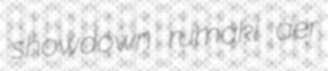
showdown rumaki aer